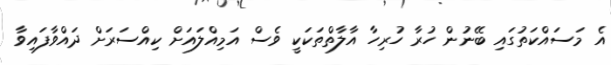
އެ މަސައްކަތުގައި ބޭނުން ހުރާ ހުރިހާ އާލާތްތަކަކީ ވެސް އަމިއްލައަށް ކިއްސަރަށް ދައްވާފައިވާ